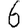
Digit: 6